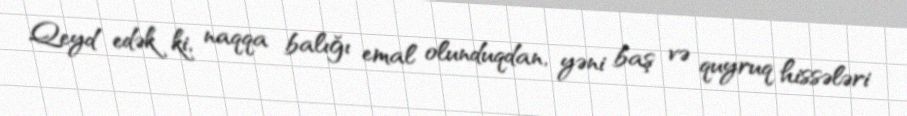
Qeyd edək ki, naqqa balığı emal olunduqdan, yəni baş və quyruq hissələri